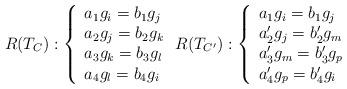
LaTeX: \begin{align*}R(T_C): \left\{\begin{array}{l}a_1g_i=b_1g_j\\a_2g_j=b_2g_k\\a_3g_k=b_3g_l\\a_4g_l=b_4g_i\\\end{array} \right.R(T_{C'}): \left\{\begin{array}{l}a_1g_i=b_1g_j\\a_2'g_j=b_2'g_m\\a_3'g_m=b_3'g_p\\a_4'g_p=b_4'g_i\\\end{array} \right.\end{align*}